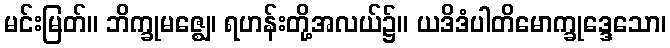
မင်းမြတ်။ ဘိက္ခုမဇ္ဈေ၊ ရဟန်းတို့အလယ်၌။ ယဒိဒံပါတိမောက္ခုဒ္ဒေသော၊